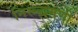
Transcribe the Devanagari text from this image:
निरूद्धमणी